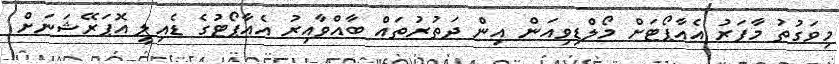
މިވަގުތު މާފަރު އެއާޕޯޓަށް މޯލްޑިވިއަން އިން ދަތުރުތައް ބާއްވާއިރު އެއާޕޯޓުގެ ޑެއިލީ އޮޕަރޭޝަނަށް